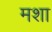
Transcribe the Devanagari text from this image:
मशा